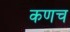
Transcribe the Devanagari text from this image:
कणच